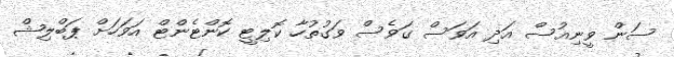
ސަން ވީނިއުސް އަދި އަވަސް ގަވެސް ވަގުތުހާ ކޮލިޓީ ކޮންޓެންޓް އަވަހަށް ޕަބްލިޝް